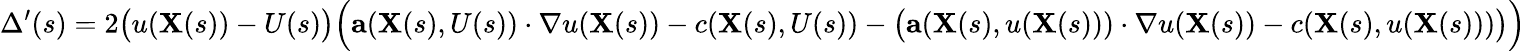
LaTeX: \Delta^{\prime}(s)=2{\big(}u(\mathbf{X}(s))-U(s){\big)}{\Big(}\mathbf{a}(\mathbf{X}(s),U(s))\cdot\nabla u(\mathbf{X}(s))-c(\mathbf{X}(s),U(s))-{\big(}\mathbf{a}(\mathbf{X}(s),u(\mathbf{X}(s)))\cdot\nabla u(\mathbf{X}(s))-c(\mathbf{X}(s),u(\mathbf{X}(s))){\big)}{\Big)}